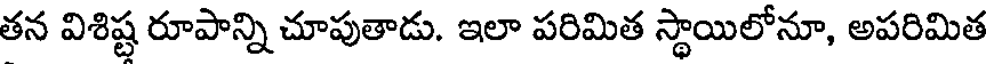
తన విశిష్ట రూపాన్ని చూపుతాడు. ఇలా పరిమిత స్థాయిలోనూ, అపరిమిత